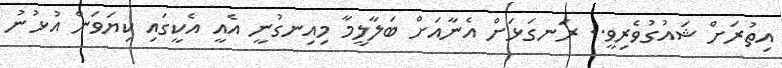
އިތުރަށް ޝައުގުވެރިވީ.. ރަނގަޅަށް އެނާއަށް ބަލާލީމާ މިއިނގުނީ އެއީ އެކީގައި ކިޔަވަން އުޅުނު